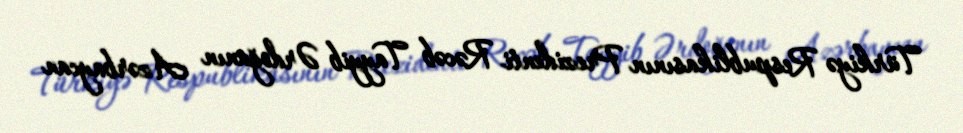
Türkiyə Respublikasının Prezidenti Rəcəb Tayyib Ərdoğanın Azərbaycan